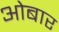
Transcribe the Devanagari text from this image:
ओबार